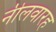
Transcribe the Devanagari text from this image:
नीलवारह